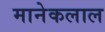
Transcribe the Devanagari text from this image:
मानेकलाल